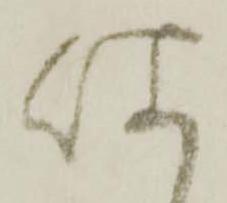
咄